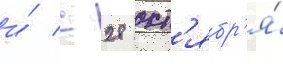
и́ с 28 окт'ябр'я́